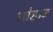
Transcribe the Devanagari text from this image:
ओहाउ